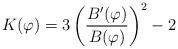
LaTeX: \begin{align*}K(\varphi )=3\left(\frac{B'(\varphi)}{B(\varphi)}\right)^2-2\end{align*}